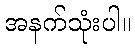
အနက်သုံးပါ။